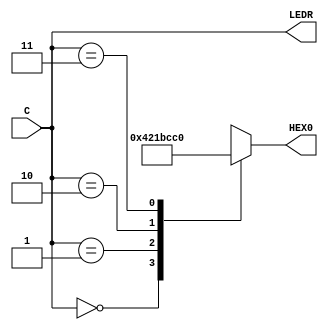
module Seg7Dec_Beha (C, LEDR, HEX0);
	input [1:0] C;
	output [1:0] LEDR;
	output reg [6:0] HEX0;
	
	always @ (C) begin
		case (C)
			2'b00: HEX0 = 7'b0100001; //d
			2'b01: HEX0 = 7'b0000110; //E
			2'b10: HEX0 = 7'b1111001; //1
			2'b11: HEX0 = 7'b1000000; //0
			default: HEX0 = 7'bxxxxxxx;
		endcase
	end
	
	assign LEDR = C;
endmodule